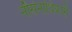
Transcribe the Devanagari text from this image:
नौसेनाधिकारी